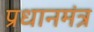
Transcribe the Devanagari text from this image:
प्रधानमंत्र